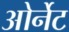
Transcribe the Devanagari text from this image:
ओर्नेट